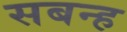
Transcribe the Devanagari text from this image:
सबन्ह